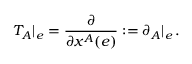
T _ { A } | _ { e } = \frac { \partial } { \partial x ^ { A } ( e ) } : = \partial _ { A } | _ { e } \, .